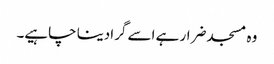
وہ مسجد ضرار ہے اسے گرادینا چاہیے۔